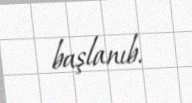
başlanıb.